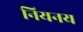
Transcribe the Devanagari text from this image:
नियनय